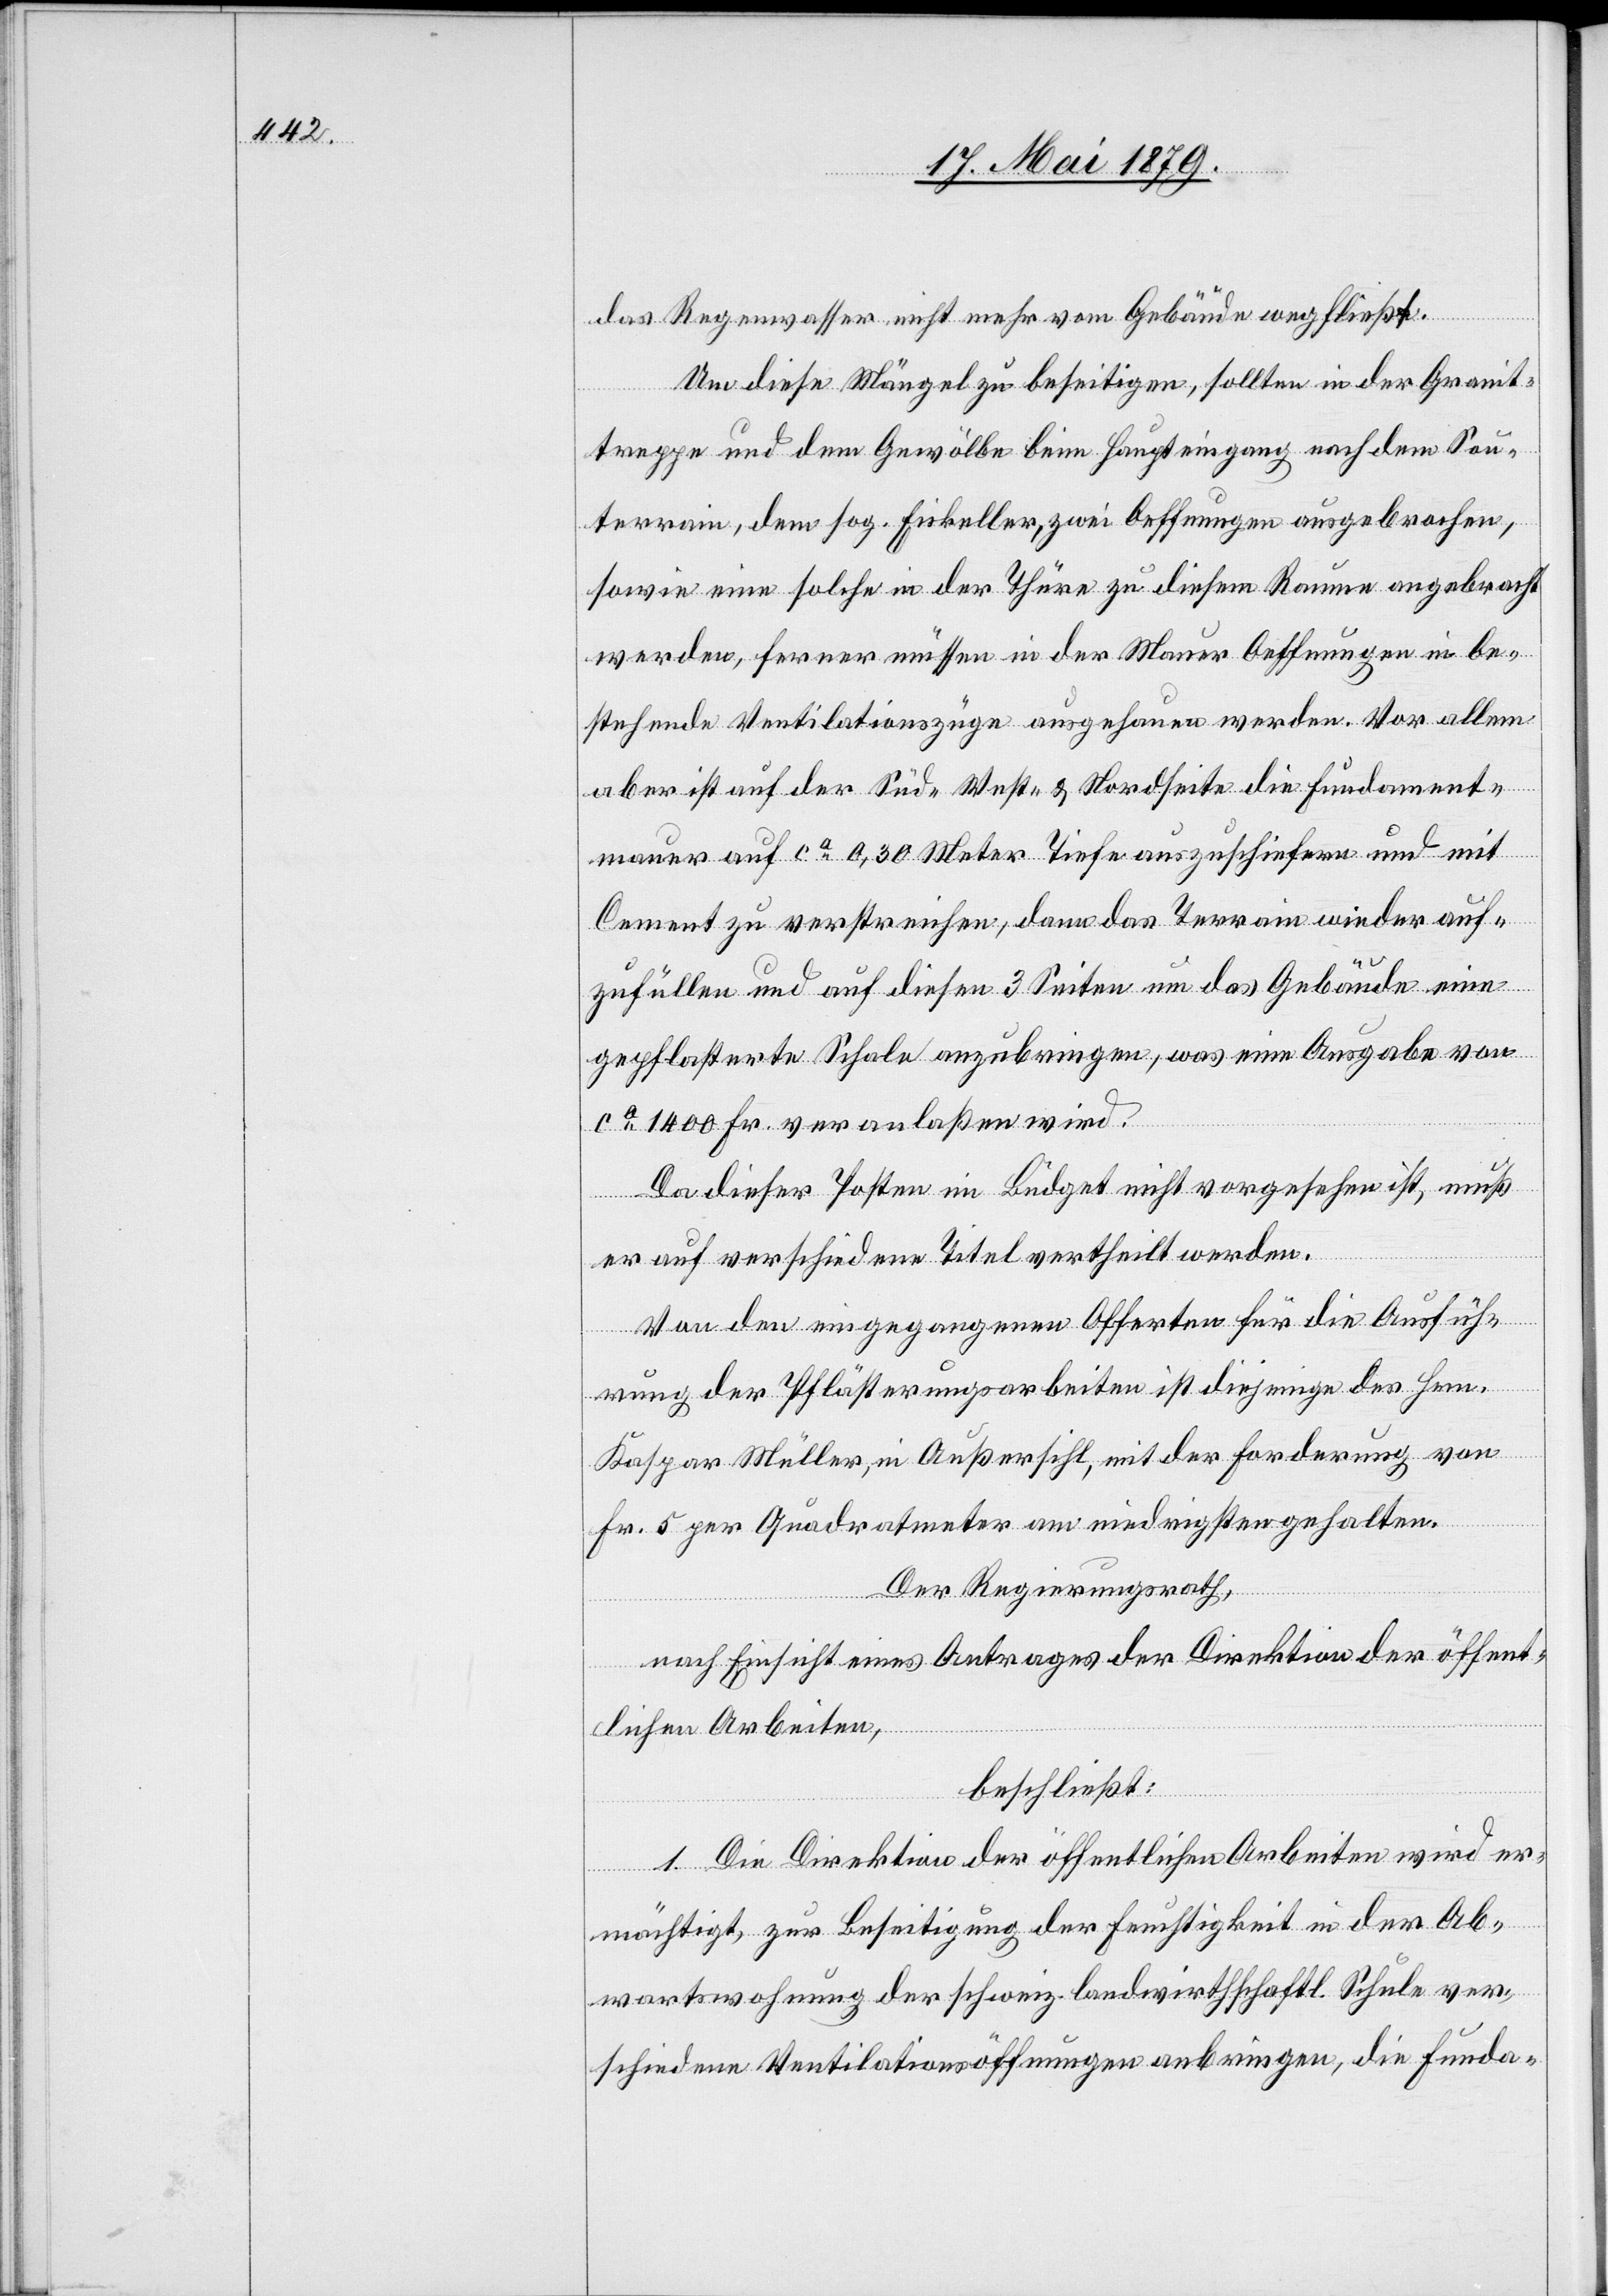
das Regenwasser nicht mehr vom Gebäude wegfließt.
Um diese Mängel zu beseitigen, sollten in der Granit¬
treppe und dem Gewölbe beim Haupteingang nach dem Sou¬
terrain, dem sog. Eiskeller, zwei Oeffnungen ausgebrochen,
sowie eine solche in der Thüre zu diesem Raume angebracht
werden, ferner müssen in der Mauer Oeffnungen in be¬
stehende Ventilationszüge ausgehauen werden. Vor allem
aber ist auf der Süd- West- & Nordseite die Fundament¬
mauer auf ca 0,30 Meter Tiefe auszuschiefern und mit
Cement zu verstreichen, dann das Terrain wieder auf¬
zufüllen und auf diesen 3 Seiten um das Gebäude eine
gepflasterte Schale anzubringen, was eine Ausgabe von
ca 1400 Fr. veranlaßen wird.
Da dieser Posten im Büdget nicht vorgesehen ist, muß
er auf verschiedene Titel vertheilt werden.
Von den eingegangenen Offerten für die Ausfüh¬
rung der Pflästerungsarbeiten ist diejenige des Hrn.
Kaspar Müller, in Außersihl, mit der Forderung von
Fr. 5 per Quadratmeter am niedrigsten gehalten.
Der Regierungsrath,
nach Einsicht eines Antrages der Direktion der öffent¬
lichen Arbeiten,
beschließt:
1. Die Direktion der öffentlichen Arbeiten wird er¬
mächtigt, zur Beseitigung der Feuchtigkeit in der Ab¬
wartswohnung der schweiz. landwirthschaftl. Schule ver¬
schiedene Ventilationsöffnungen anbringen, die Funda-